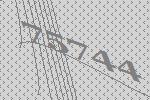
75744